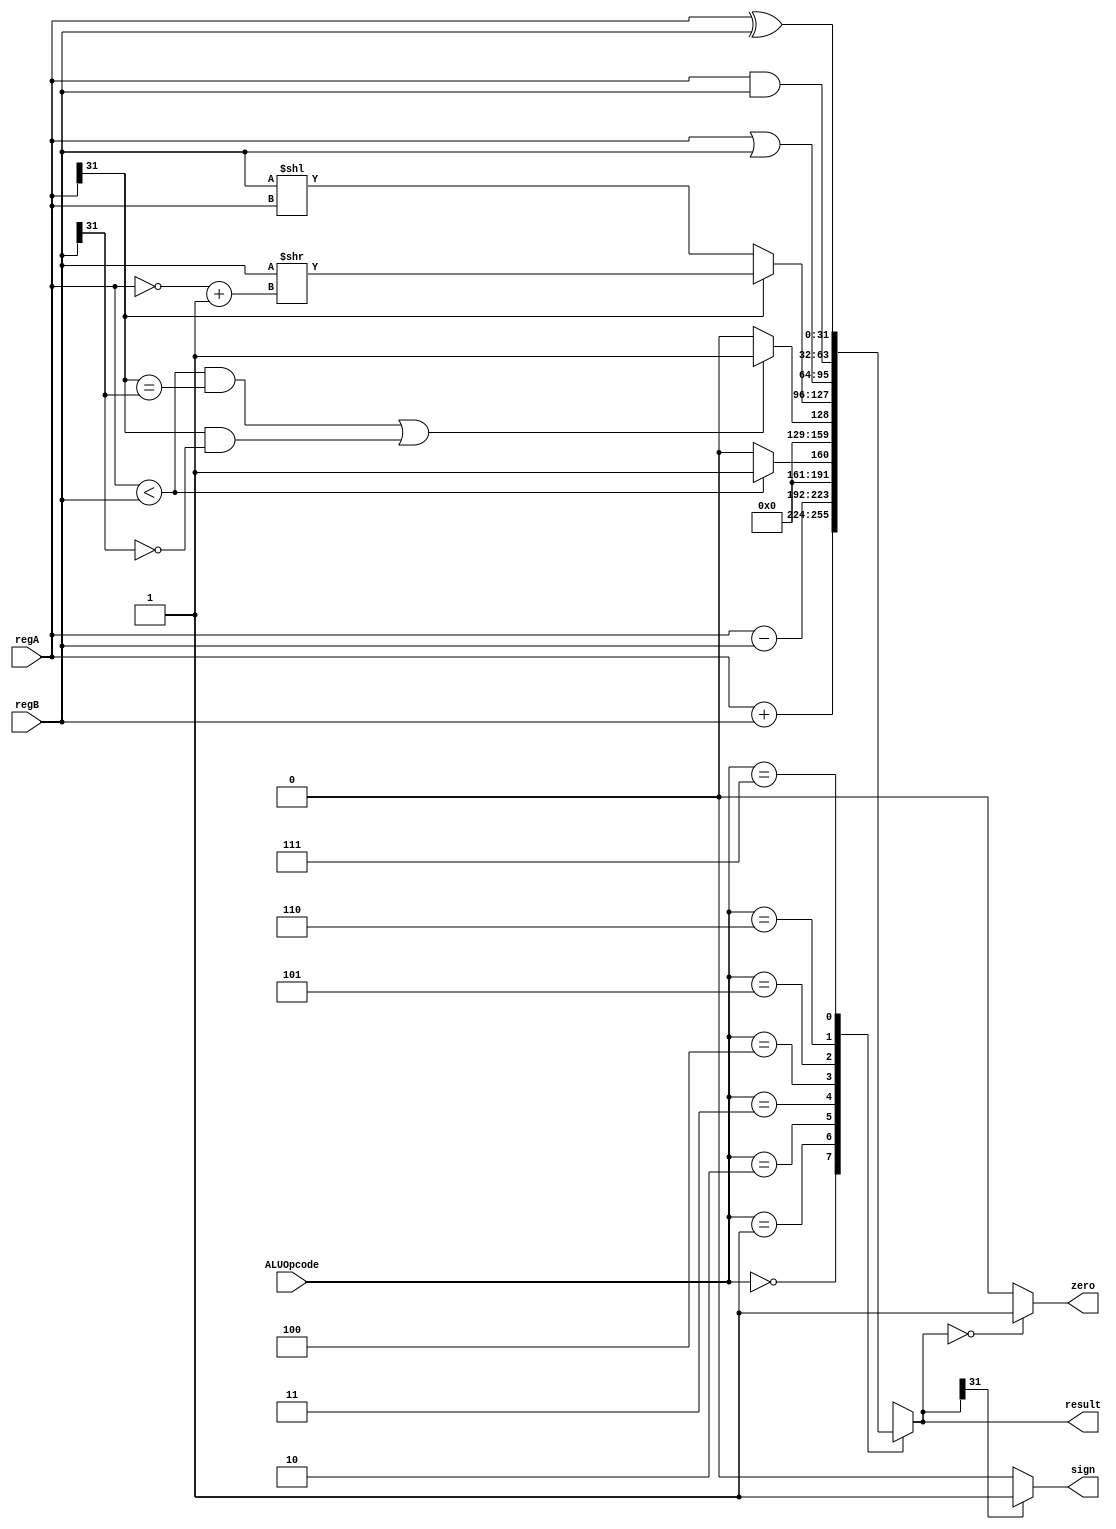
`timescale 1ns / 1ps
//////////////////////////////////////////////////////////////////////////////////
// Company: 
// Engineer: 
// 
// Design Name: 
// Module Name: ALU
// Project Name: 
// Target Devices: 
// Tool Versions: 
// Description: 
// 
// Dependencies: 
// 
// Revision:
// Revision 0.01 - File Created
// Additional Comments:
// 
//////////////////////////////////////////////////////////////////////////////////

module ALU(
    input [2:0] ALUOpcode,
    input [31:0] regA,
    input [31:0] regB,
    output reg [31:0] result,
    output zero,
    output sign
    );
    assign zero = (result == 0) ? 1 : 0;
    assign sign = result[31] == 0 ? 0 : 1;
    always@(ALUOpcode or regA or regB) begin
        case (ALUOpcode)
            3'b000 : result = regA + regB;
            3'b001 : result = regA - regB;
            3'b010 : result = (regA < regB) ? 1: 0;
            3'b011 : result = (((regA<regB) && (regA[31] == regB[31] )) ||( ( regA[31] ==1 && regB[31] == 0))) ? 1:0;
            3'b100 : begin // 
                if (regA[31] == 1)
                    result = regB >> (~regA + 1);
                else
                    result = regB << regA;
            end
            3'b101 : result = regA | regB;
            3'b110 : result = regA & regB;
            3'b111:  result = regA ^ regB;
            default : begin
                result = 32'h00000000;
            end
        endcase
    end
endmodule